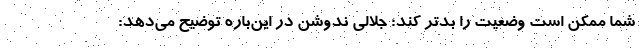
شما ممکن است وضعیت را بدتر کند؛ جلالی ندوشن در این‌باره توضیح می‌دهد: